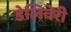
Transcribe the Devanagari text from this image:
डेलिवेरी